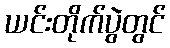
ယင်းတိုက်ပွဲတွင်